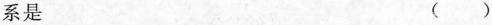
系是 ()